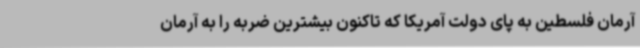
آرمان فلسطین به پای دولت آمریکا که تاکنون بیشترین ضربه را به آرمان